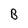
Character: B